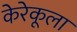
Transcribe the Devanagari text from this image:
केरेकूला